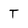
Character: T